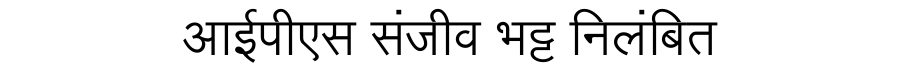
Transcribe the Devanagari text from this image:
आईपीएस संजीव भट्ट निलंबित